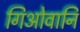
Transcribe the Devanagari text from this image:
गिओवानि